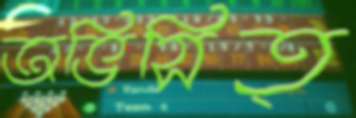
অভিসিত্